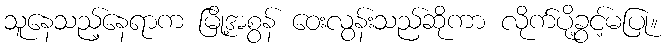
သူနေသည့်နေရာက မြို့အစွန် ဝေးလွန်းသည်ဆိုကာ လိုက်ပို့ခွင့်မပြု။